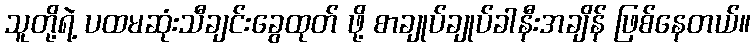
သူတို့ရဲ့ ပထမဆုံးသီချင်းခွေထုတ် ဖို့ စာချုပ်ချုပ်ခါနီးအချိန် ဖြစ်နေတယ်။